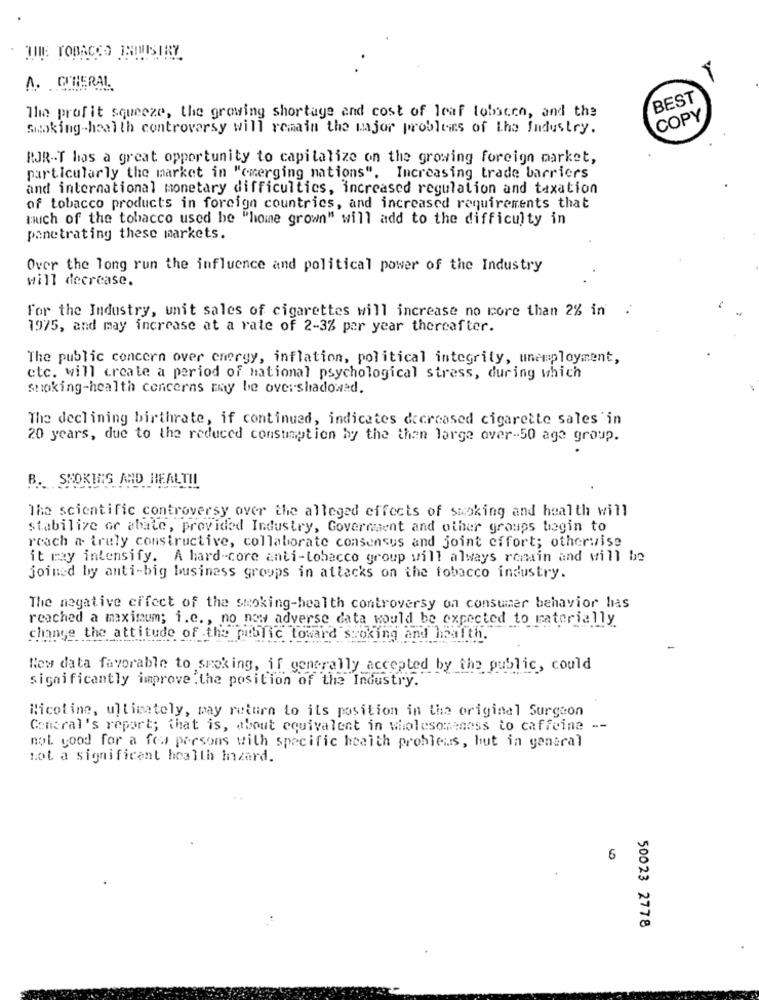
THE TOBACCO INIMISTRY
A. CITERAL.
BEST
The profit squeeze, the growing shortage and cost of leaf tobacco, and the
COPY
Smoking-health controversy will remain the major problems of the Industry.
RJR-T hos a great opportunity to capitalize on the growing foreign market,
particularly the market in "emerging nations". Increasing trade barriers
and international monetary difficulties, increased regulation and taxation
of tobacco products in foreign countries, and increased requirements that
much of the tobacco used be "home grown" will add to the difficulty in
panetrating these markets.
Over the long run the influence and political power of the Industry
will decrease.
For the Industry, unit sales of cigarettes will increase no more than 2% in
1975, and may increase at a rate of 2-3% per year thereafter.
The public concern over energy, inflation, political integrity, unemployment,
etc. will create a period of national psychological stress, during which
smoking-health concerns may be overshadowed.
The declining birthrate, if continued, indicates decreased cigarette sales in
20 years, due to the reduced consumption by the than large over-50 age group.
B. SKOKING AND HEALTH
The scientific controversy over the alleged effects of smoking and health will
stabilize or abate, provided Industry, Government and other groups begin to
reach a truly constructive, collaborate consensus and joint effort; otherwise
it may intensify. A hard-core anti-tobacco group will always romain and will be
joined by anti-big business groups in attacks on the tobacco industry.
The negative effect of the smoking-health controversy on consumer behavior has
reached a maximum; i.e ., no new adverse data would be expected to materially
change the attitude of the public toward stoking and health.
New data favorable to smoking, if generally accepted by the public, could
significantly improve the position of the Industry.
Ricoline, ultimately, may return to its position in the original Surgeon
Comoral's report; that is, about equivalent in wholesomeness to caffeine --
not good for a few persons with specific health problems, but in general
not a significant health Inzard.
6
50023 2778